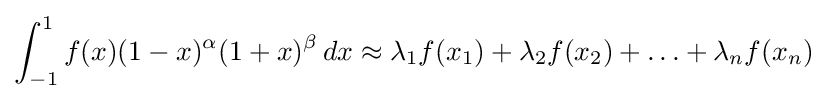
\int _{-1}^{1}f(x)(1-x)^{\alpha }(1+x)^{\beta }\,dx\approx \lambda _{1}f(x_{1})+\lambda _{2}f(x_{2})+\ldots +\lambda _{n}f(x_{n})